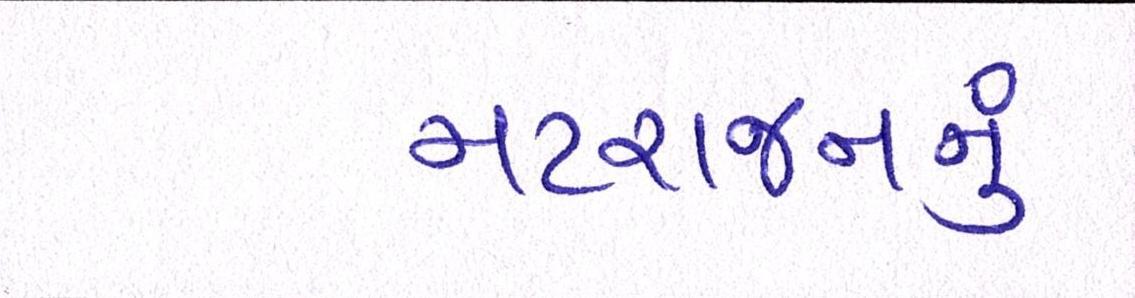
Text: નટરાજનનું